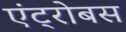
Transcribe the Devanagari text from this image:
एंट्रोबस